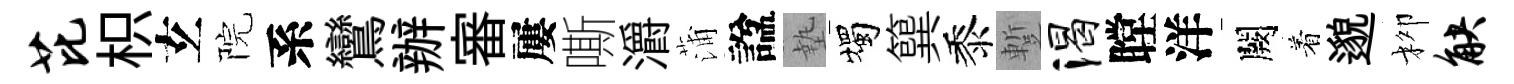
芘枳𤣥院系鸞辦審屢嘶灂蒲諡墊燭簨黍蹔渴瞠洋闕着邈柳觖